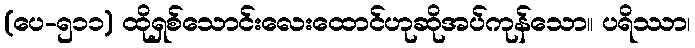
(ပေ-၅၁၁) ထိုရှစ်သောင်းလေးထောင်ဟုဆိုအပ်ကုန်သော။ ပရိဿာ၊